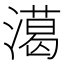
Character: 㵧